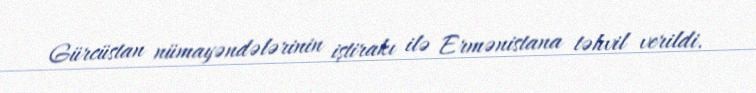
Gürcüstan nümayəndələrinin iştirakı ilə Ermənistana təhvil verildi.